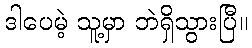
ဒါပေမဲ့ သူ့မှာ ဘဲရှိသွားပြီ။